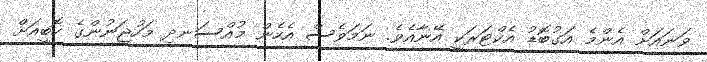
ވަނައަށް އެންމެ އަގުބޮޑު އެކްޓަރަކީ އޭނާއެވެ. ނަމަވެސް އެހެން މުއްސަނދި މަހުޖަނުންގެ ހޮބީއަށް